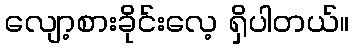
လျော့စားခိုင်းလေ့ ရှိပါတယ်။